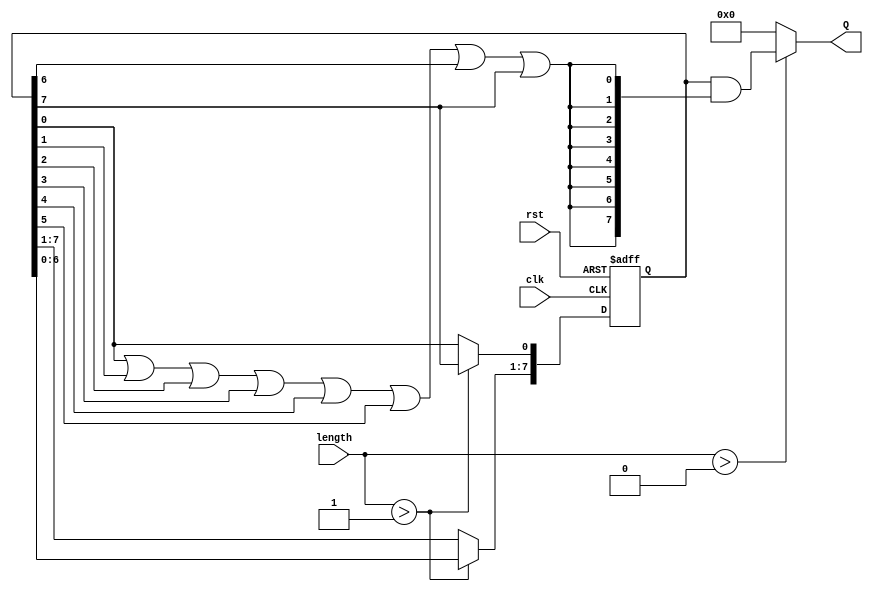
module variable_length_ring_counter #(
    parameter MAX_LENGTH = 8  // Maximum number of states, can be adjusted as needed
)(
    input wire clk,            // Clock input
    input wire rst,            // Asynchronous reset
    input wire [2:0] length,   // Length of the counter (N), can be from 1 to MAX_LENGTH
    output reg [MAX_LENGTH-1:0] Q // Counter outputs
);

    // Internal variable to keep track of the current state
    reg [MAX_LENGTH-1:0] state;

    always @(posedge clk or posedge rst) begin
        if (rst) begin
            // Reset state: all zeros except the first flip-flop
            state <= 1'b1; // Q0 = 1, others = 0
        end else begin
            // Shift operation
            if (length > 1) begin
                // Clear the current state and shift left
                state <= {state[MAX_LENGTH-2:0], 1'b0}; // Shift left and add 0 at LSB
                // Wrap around if necessary
                state[0] <= state[MAX_LENGTH-1]; // Feedback from the last flip-flop
            end
        end
    end

    // Assign the current state to the output Q, ensuring only N bits are active
    always @(*) begin
        if (length > 0) begin
            Q = state & {MAX_LENGTH{(state[0] || state[1] || state[2] || state[3] || state[4] || state[5] || state[6] || state[7])}};
        end else begin
            Q = 0; // If length is 0, output should be all zeros
        end
    end

endmodule